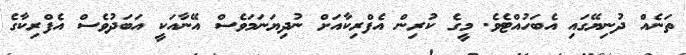
ތަނެއް ދުނިޔޭގައި އެބަހުއްޓެވެ. މީގެ ކުރިން އެފްރިކާާއަށް ނުދިޔަނަމަވެސް އޭނާާއަކީ އަބަދުވެސް އެފްރިކާގެ